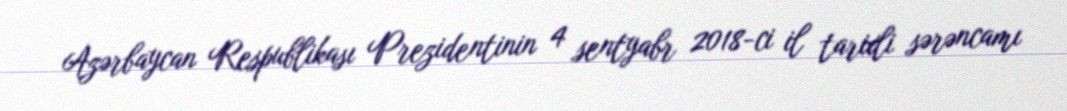
Azərbaycan Respublikası Prezidentinin 4 sentyabr 2018-ci il tarixli sərəncamı